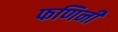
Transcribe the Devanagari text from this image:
फणिनी